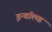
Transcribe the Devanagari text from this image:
इन्वॉल्व्ड